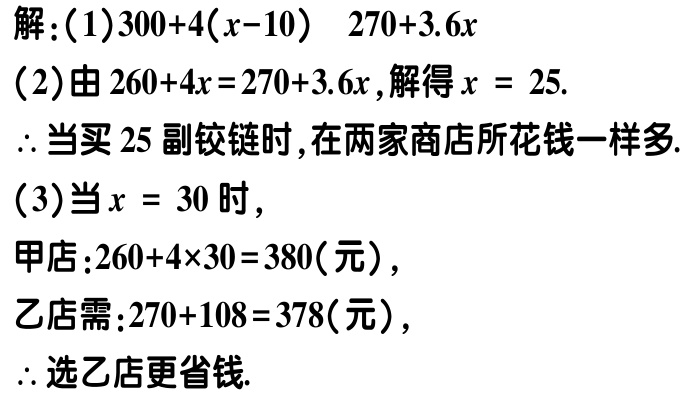
解：(1)$300 + 4(x - 10)$  $270 + 3.6x$
(2)由$260 + 4x = 270 + 3.6x$，解得$x = 25$.
$\therefore$当买$25$副铰链时，在两家商店所花钱一样多.
(3)当$x = 30$时，
甲店：$260 + 4\times30 = 380$(元)，
乙店需：$270 + 108 = 378$(元)，
$\therefore$选乙店更省钱.